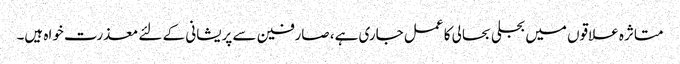
متاثرہ علاقوں میں بجلی بحالی کا عمل جاری ہے، صارفین سے پریشانی کے لئے معذرت خواہ ہیں۔